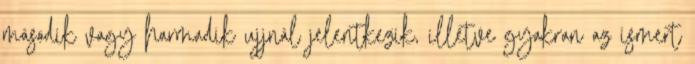
második vagy harmadik ujjnál jelentkezik, illetve gyakran az ismert